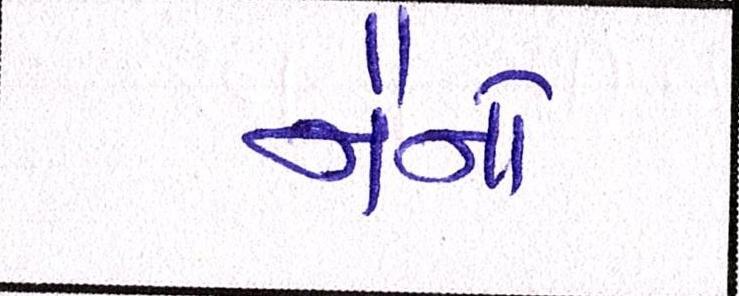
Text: નૈનોં